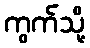
ကွက်သို့